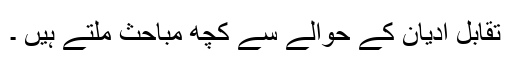
تقابل ادیان کے حوالے سے کچھ مباحث ملتے ہیں ۔